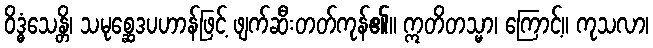
ဝိဒ္ဓံသေန္တိ၊ သမုစ္ဆေဒပဟာန်ဖြင့် ဖျက်ဆီးတတ်ကုန်၏။ ဣတိတသ္မာ၊ ကြောင့်။ ကုသလာ၊